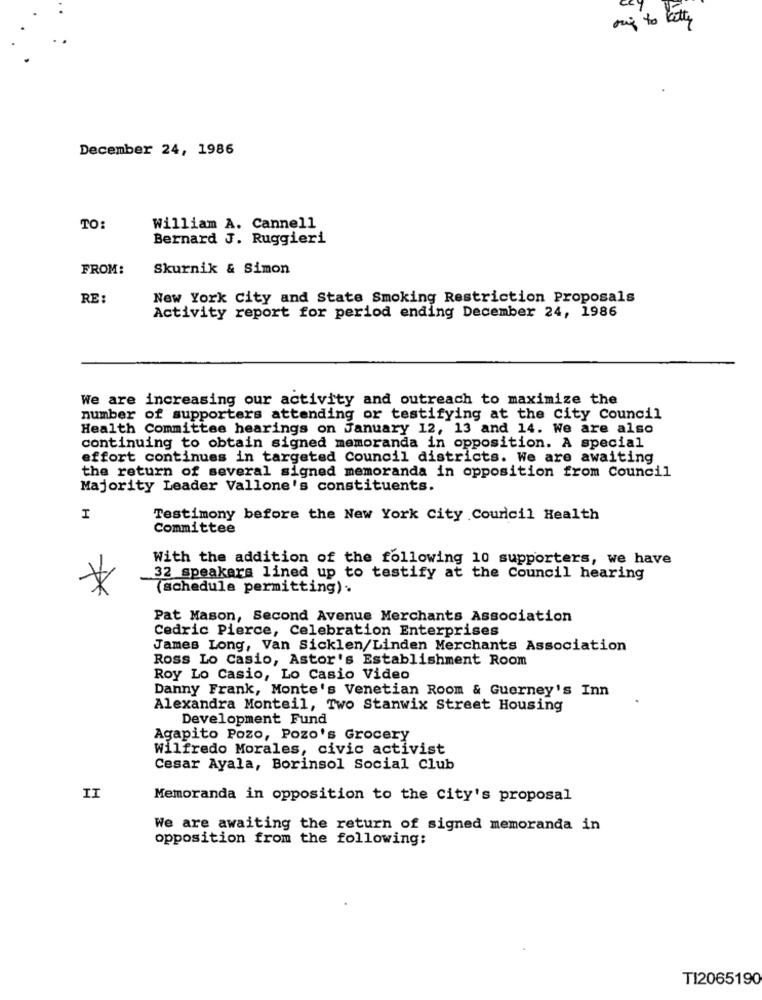
orig to betty
December 24, 1986
TO:
William A. Cannell
Bernard J. Ruggieri
FROM:
Skurnik & Simon
RE:
New York City and State Smoking Restriction Proposals
Activity report for period ending December 24, 1986
We are increasing our activity and outreach to maximize the
number of supporters attending or testifying at the city Council
Health Committee hearings on January 12, 13 and 14. We are also
continuing to obtain signed memoranda in opposition. A special
effort continues in targeted Council districts. We are awaiting
the return of several signed memoranda in opposition from Council
Majority Leader Vallone's constituents.
I
Testimony before the New York City Council Health
Committee
With the addition of the following 10 supporters, we have
32 speakers lined up to testify at the Council hearing
(schedule permitting).
Pat Mason, Second Avenue Merchants Association
Cedric Pierce, Celebration Enterprises
James Long, Van Sicklen/Linden Merchants Association
Ross Lo Casio, Astor's Establishment Room
Roy Lo Casio, Lo Casio Video
Danny Frank, Monte's Venetian Room & Guerney's Inn
Alexandra Monteil, Two Stanwix Street Housing
Development Fund
Agapito Pozo, Pozo's Grocery
Wilfredo Morales, civic activist
Cesar Ayala, Borinsol Social Club
II
Memoranda in opposition to the city's proposal
We are awaiting the return of signed memoranda in
opposition from the following:
TI2065190